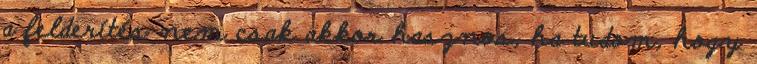
a felderítés nem csak akkor hasznos, ha tudom, hogy